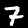
Label: 7